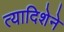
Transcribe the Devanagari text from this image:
त्यादिशेने